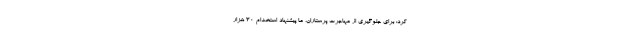
کرد: برای جلوگیری از مهاجرت پرستاران، ما پیشنهاد استخدام ۳۰ هزار